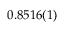
0 . 8 5 1 6 ( 1 )